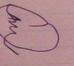
Signature authenticity: forged